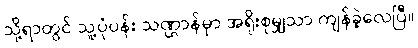
သို့ရာတွင် သူ့ပုံပန်း သဏ္ဌာန်မှာ အရိုးစုမျှသာ ကျန်ခဲ့လေပြီ။